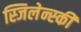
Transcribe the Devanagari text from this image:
स्जिलेन्स्की